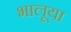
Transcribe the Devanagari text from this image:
भालूया